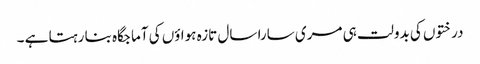
درختوں کی بدولت ہی مری سارا سال تازہ ہواؤں کی آماجگاہ بنا رہتا ہے ۔